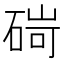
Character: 碋